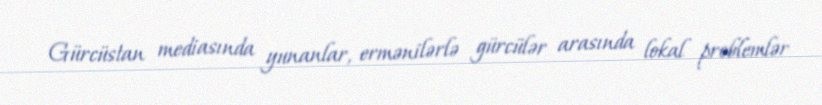
Gürcüstan mediasında yunanlar, ermənilərlə gürcülər arasında lokal problemlər